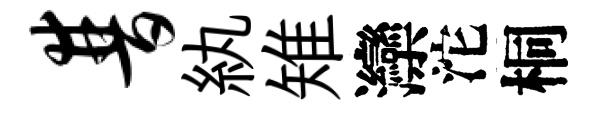
普紈雉灤沱桐